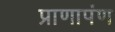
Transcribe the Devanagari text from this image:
प्राणापंण